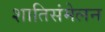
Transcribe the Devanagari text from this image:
शातिसंमेलन